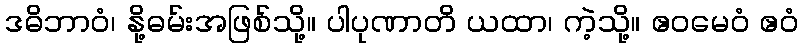
ဒဓိဘာဝံ၊ နို့ဓမ်းအဖြစ်သို့။ ပါပုဏာတိ ယထာ၊ ကဲ့သို့။ ဧဝမေဝံ ဧဝံ